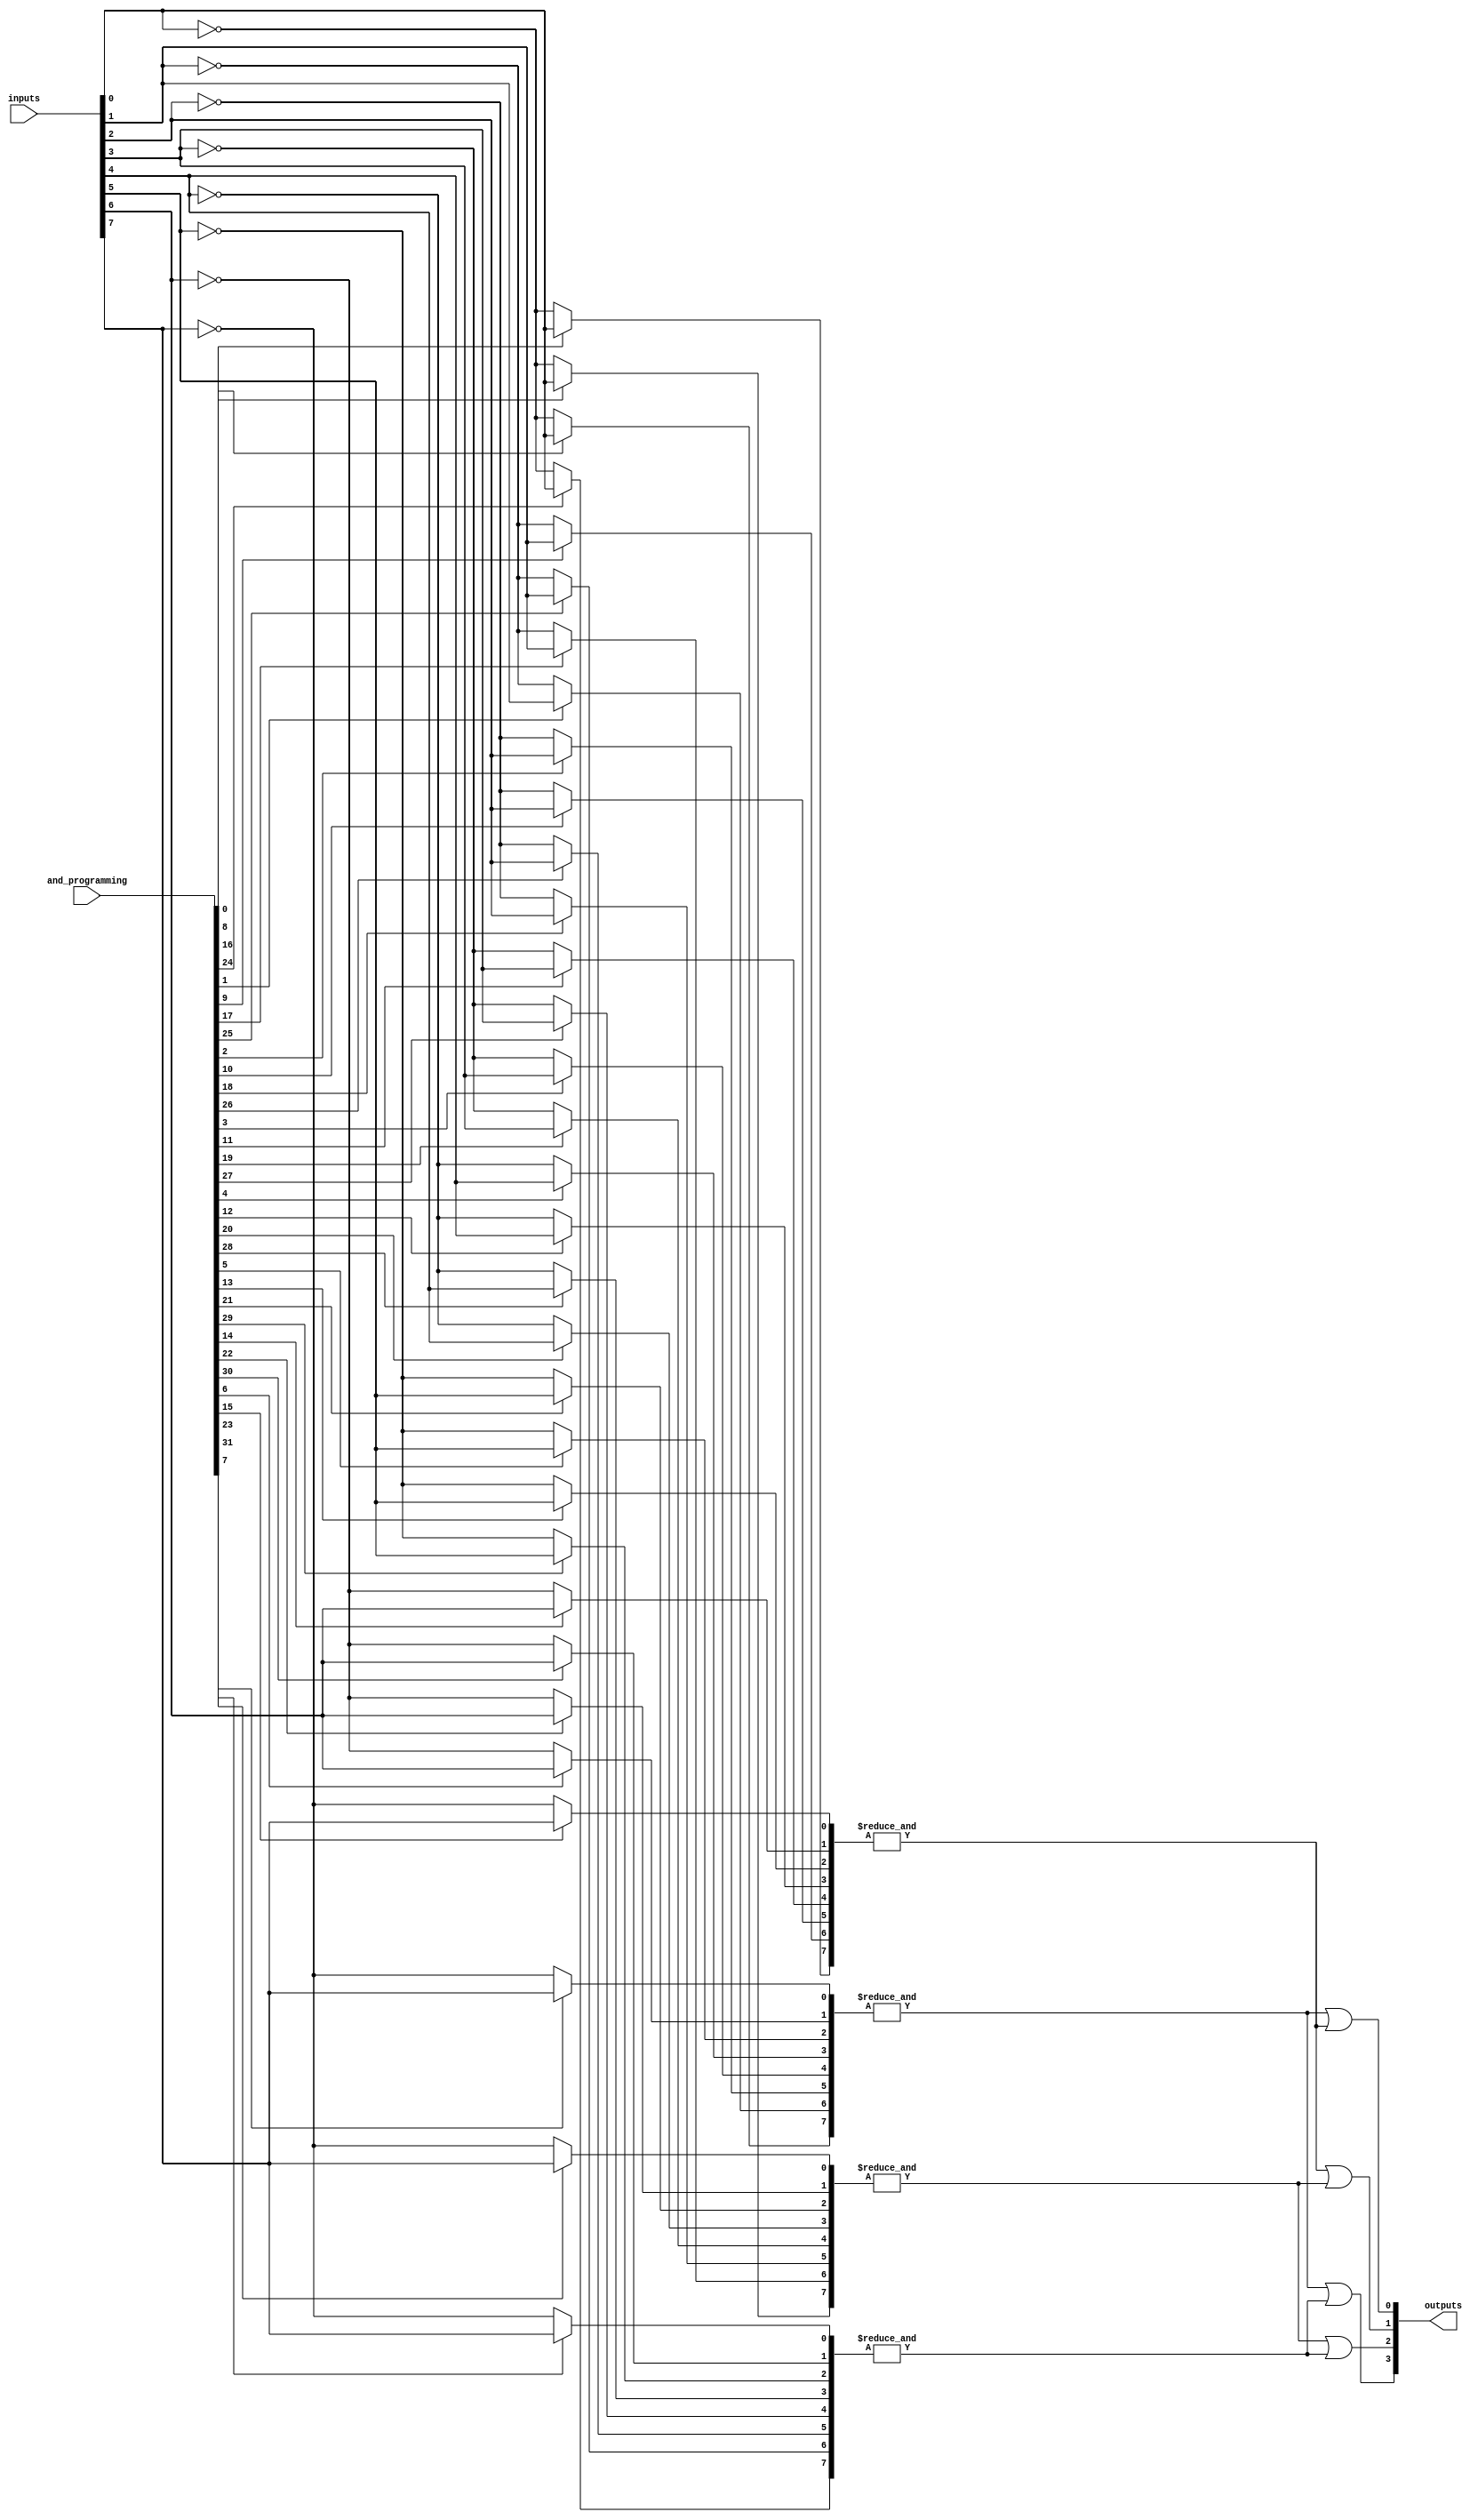
module GPAL #(
    parameter N = 8,  // Number of inputs
    parameter M = 4,  // Number of outputs
    parameter K = 4   // Number of AND gates
) (
    input  [N-1:0] inputs,               // Input signals
    input  [K*N-1:0] and_programming,     // Programming connections for AND gates
    output reg [M-1:0] outputs            // Output signals
);

    // Wire for AND gate outputs
    wire [K-1:0] and_outputs;

    // Generate the programmable AND gates
    genvar i, j;
    generate
        for (i = 0; i < K; i = i + 1) begin : and_gates
            wire [N-1:0] and_inputs;
            assign and_inputs = {
                // Connect inputs or their complements based on programming
                (and_programming[i*N + 0] ? inputs[0] : ~inputs[0]),
                (and_programming[i*N + 1] ? inputs[1] : ~inputs[1]),
                (and_programming[i*N + 2] ? inputs[2] : ~inputs[2]),
                (and_programming[i*N + 3] ? inputs[3] : ~inputs[3]),
                (and_programming[i*N + 4] ? inputs[4] : ~inputs[4]),
                (and_programming[i*N + 5] ? inputs[5] : ~inputs[5]),
                (and_programming[i*N + 6] ? inputs[6] : ~inputs[6]),
                (and_programming[i*N + 7] ? inputs[7] : ~inputs[7])
            };

            // AND gate operation
            assign and_outputs[i] = &and_inputs;  // AND operation
        end
    endgenerate

    // Fixed OR array: Connect outputs of AND gates to outputs
    always @(*) begin
        // Example OR logic: Connect each output to a combination of AND gates
        outputs[0] = and_outputs[0] | and_outputs[1];
        outputs[1] = and_outputs[1] | and_outputs[2];
        outputs[2] = and_outputs[2] | and_outputs[3];
        outputs[3] = and_outputs[0] | and_outputs[3];
    end

endmodule